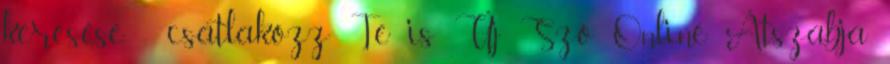
keresése - csatlakozz Te is Új Szó Online Átszabja